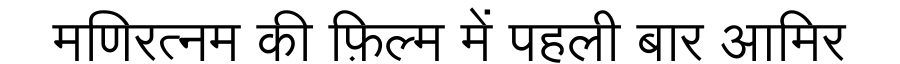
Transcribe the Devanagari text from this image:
मणिरत्नम की फ़िल्म में पहली बार आमिर